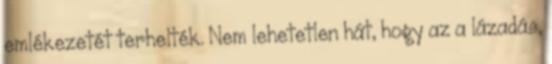
emlékezetét terhelték. Nem lehetetlen hát, hogy az a lázadás,